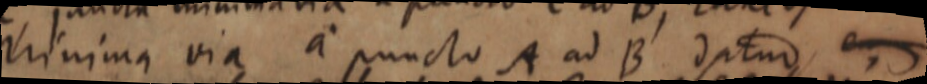
Minima via a puncto A ad B datur, _